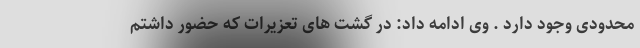
محدودی وجود دارد . وی ادامه داد: در گشت های تعزیرات که حضور داشتم